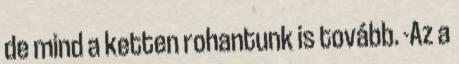
de mind a ketten rohantunk is tovább. -Az a